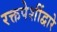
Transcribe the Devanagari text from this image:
रक्तपेशींद्वारे